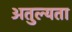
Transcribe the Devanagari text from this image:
अतुल्यता